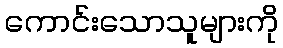
ကောင်းသောသူများကို